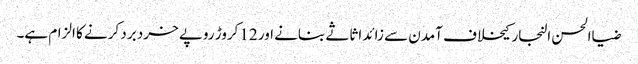
ضیاالحسن النجار کیخلاف آمدن سے زائد اثاثے بنانے اور 12کروڑ روپے خرد برد کرنے کا الزام ہے۔